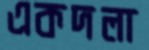
একদলা